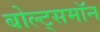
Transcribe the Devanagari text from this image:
बोल्ट्समॉन